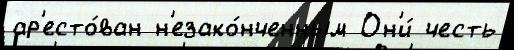
ар'есто́ван н'езако́нченным Он'и́ честь